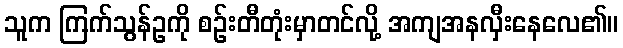
သူက ကြက်သွန်ဥကို စဉ်းတီတုံးမှာတင်လို့ အကျအနလှီးနေလေ၏။